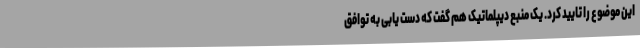
این موضوع را تایید کرد. یک منبع دیپلماتیک هم گفت که دست یابی به توافق